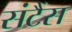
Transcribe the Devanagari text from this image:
संटैंस